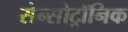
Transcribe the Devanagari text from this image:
सेन्सोट्रॉनिक